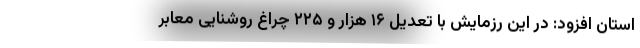
استان افزود: در این رزمایش با تعدیل ۱۶ هزار و ۲۲۵ چراغ روشنایی معابر